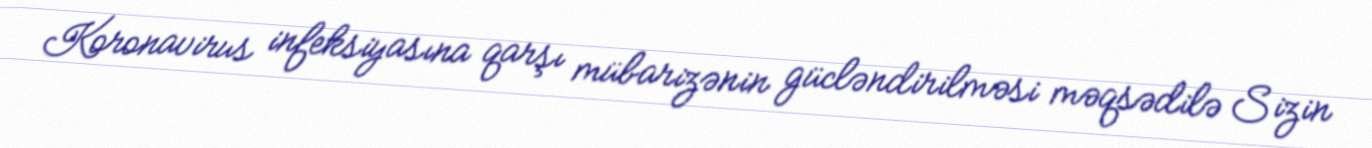
Koronavirus infeksiyasına qarşı mübarizənin gücləndirilməsi məqsədilə Sizin